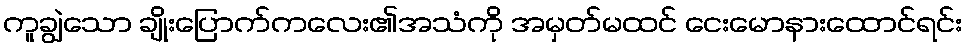
ကူချွဲသော ချိုးပြောက်ကလေး၏အသံကို အမှတ်မထင် ငေးမောနားထောင်ရင်း